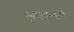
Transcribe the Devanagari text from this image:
सूक्ष्मजंतुशास्त्रज्ञांनी